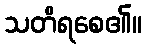
သတိရစေ၏။